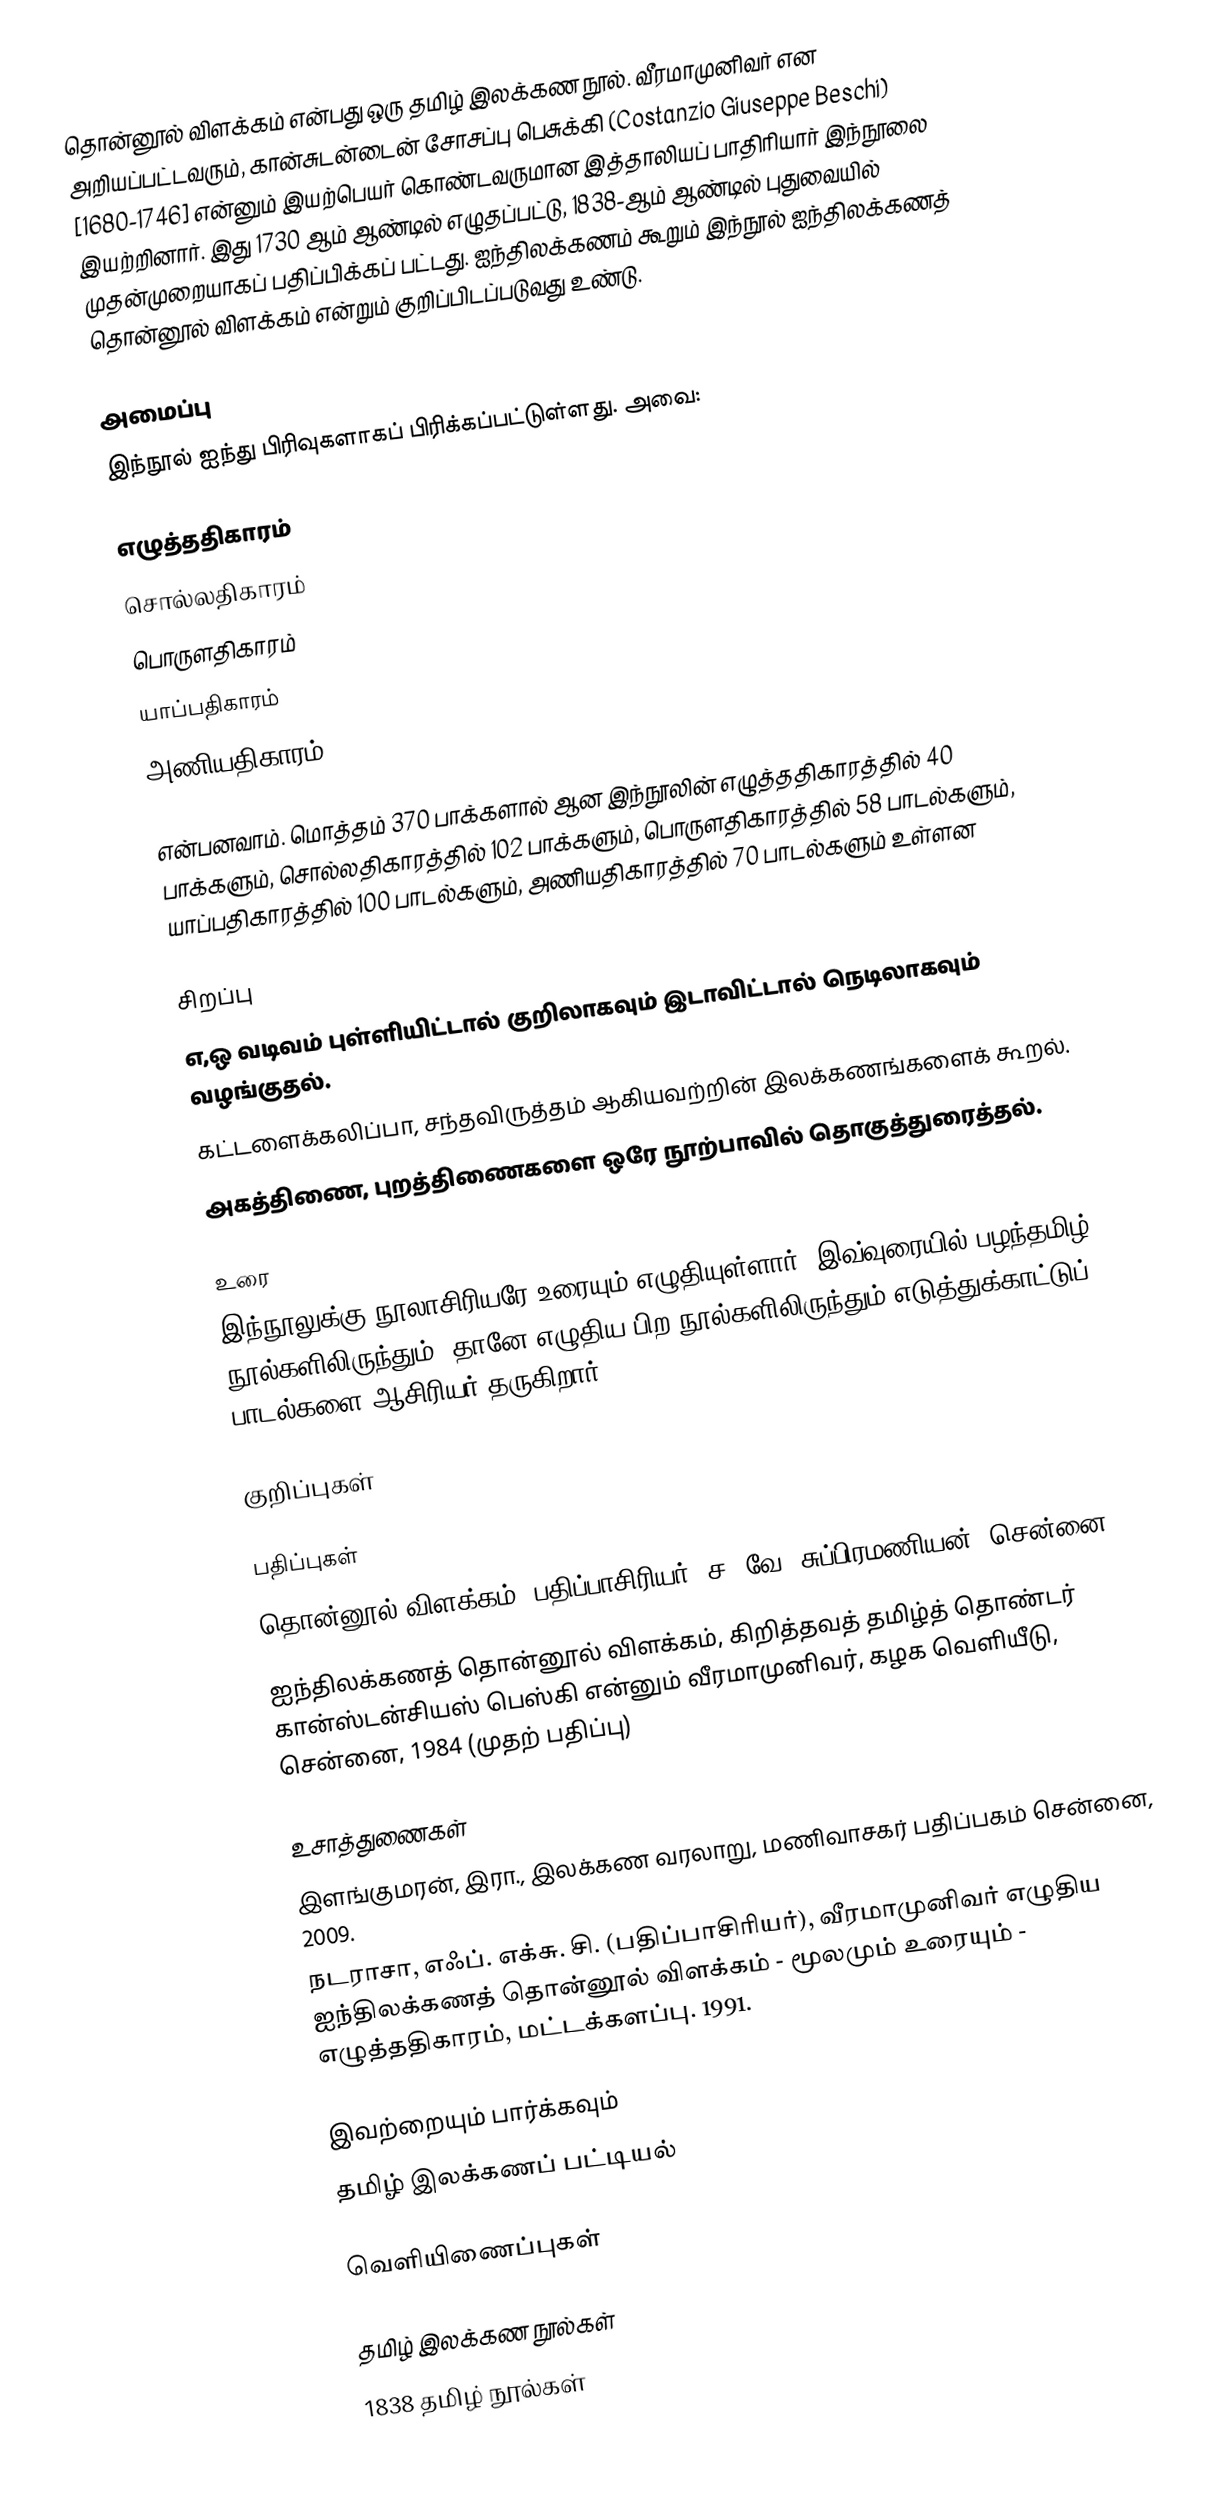
தொன்னூல் விளக்கம் என்பது ஒரு தமிழ் இலக்கண நூல். வீரமாமுனிவர் என அறியப்பட்டவரும், கான்சுடன்டைன் சோசப்பு பெசுக்கி (Costanzio Giuseppe Beschi) [1680-1746] என்னும் இயற்பெயர் கொண்டவருமான இத்தாலியப் பாதிரியார் இந்நூலை இயற்றினார். இது 1730 ஆம் ஆண்டில் எழுதப்பட்டு, 1838-ஆம் ஆண்டில் புதுவையில் முதன்முறையாகப் பதிப்பிக்கப் பட்டது. ஐந்திலக்கணம் கூறும் இந்நூல் ஐந்திலக்கணத் தொன்னூல் விளக்கம் என்றும் குறிப்பிடப்படுவது உண்டு.

அமைப்பு
இந்நூல் ஐந்து பிரிவுகளாகப் பிரிக்கப்பட்டுள்ளது. அவை:

 எழுத்ததிகாரம்
 சொல்லதிகாரம்
 பொருளதிகாரம்
 யாப்பதிகாரம்
 அணியதிகாரம்

என்பனவாம். மொத்தம் 370 பாக்களால் ஆன இந்நூலின் எழுத்ததிகாரத்தில் 40 பாக்களும், சொல்லதிகாரத்தில் 102 பாக்களும், பொருளதிகாரத்தில் 58 பாடல்களும், யாப்பதிகாரத்தில் 100 பாடல்களும், அணியதிகாரத்தில் 70 பாடல்களும் உள்ளன

சிறப்பு
 எ,ஒ வடிவம் புள்ளியிட்டால் குறிலாகவும் இடாவிட்டால் நெடிலாகவும் வழங்குதல்.
 கட்டளைக்கலிப்பா, சந்தவிருத்தம் ஆகியவற்றின் இலக்கணங்களைக் கூறல்.
 அகத்திணை, புறத்திணைகளை ஒரே நூற்பாவில் தொகுத்துரைத்தல்.

உரை
இந்நூலுக்கு நூலாசிரியரே உரையும் எழுதியுள்ளார். இவ்வுரையில் பழந்தமிழ் நூல்களிலிருந்தும், தானே எழுதிய பிற நூல்களிலிருந்தும் எடுத்துக்காட்டுப் பாடல்களை ஆசிரியர் தருகிறார்.

குறிப்புகள்

பதிப்புகள்
 தொன்னூல் விளக்கம், பதிப்பாசிரியர்: ச. வே. சுப்பிரமணியன், சென்னை, 1978
 ஐந்திலக்கணத் தொன்னூல் விளக்கம், கிறித்தவத் தமிழ்த் தொண்டர் கான்ஸ்டன்சியஸ் பெஸ்கி என்னும் வீரமாமுனிவர், கழக வெளியீடு, சென்னை, 1984 (முதற் பதிப்பு)

உசாத்துணைகள்
 இளங்குமரன், இரா., இலக்கண வரலாறு, மணிவாசகர் பதிப்பகம் சென்னை, 2009.
 நடராசா, எஃப். எக்சு. சி. (பதிப்பாசிரியர்), வீரமாமுனிவர் எழுதிய ஐந்திலக்கணத் தொன்னூல் விளக்கம் - மூலமும் உரையும் - எழுத்ததிகாரம், மட்டக்களப்பு. 1991.

இவற்றையும் பார்க்கவும்
 தமிழ் இலக்கணப் பட்டியல்

வெளியிணைப்புகள்

தமிழ் இலக்கண நூல்கள்
1838 தமிழ் நூல்கள்